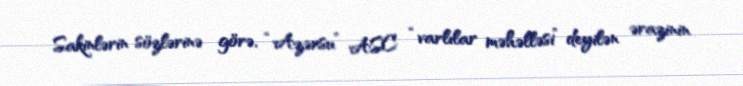
Sakinlərin sözlərinə görə, “Azərsu” ASC “varlılar məhəlləsi” deyilən ərazinin